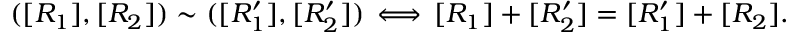
( [ R _ { 1 } ] , [ R _ { 2 } ] ) \sim ( [ R _ { 1 } ^ { \prime } ] , [ R _ { 2 } ^ { \prime } ] ) \, \Longleftrightarrow \, [ R _ { 1 } ] + [ R _ { 2 } ^ { \prime } ] = [ R _ { 1 } ^ { \prime } ] + [ R _ { 2 } ] .